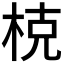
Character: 𣒖